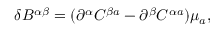
\delta B ^ { \alpha \beta } = ( \partial ^ { \alpha } C ^ { \beta a } - \partial ^ { \beta } C ^ { \alpha a } ) \mu _ { a } ,